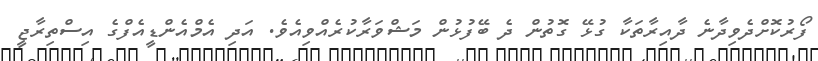
ފޯރުކޮށްދެވިދާނެ ދާއިރާތަކާ ގުޅޭ ގޮތުން ދެ ބޭފުޅުން މަޝްވަރާކުރެއްވިއެވެ. އަދި އެމްއެންޑީއެފްގެ އިސްތިރާޖީ